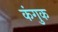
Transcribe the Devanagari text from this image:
कंगुक